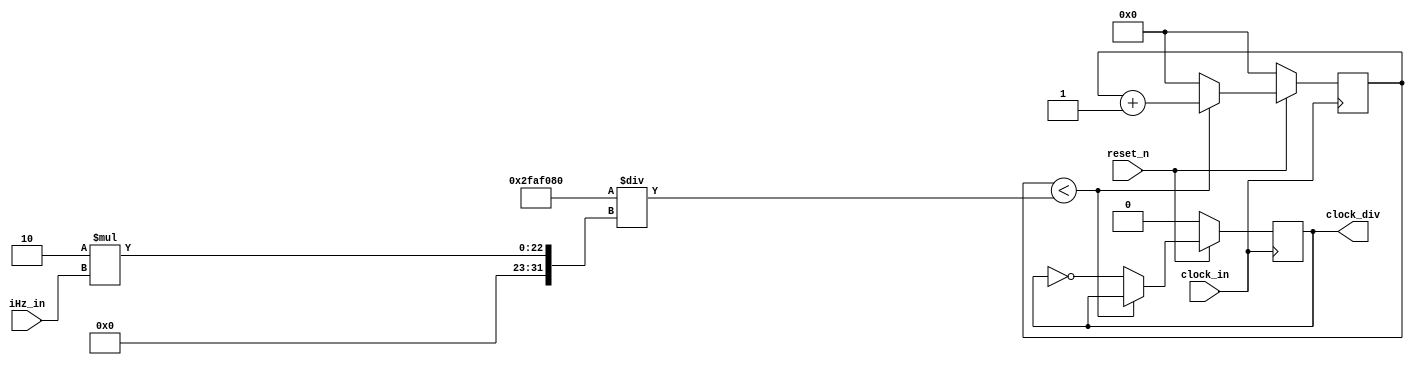
module Divisor(
	input					clock_in,
	input 		[20:0]iHz_in,
	input 				reset_n,
	output reg 			clock_div
	);
	
reg [31:0] counter;

always@(negedge clock_in ) begin
	if(!reset_n) begin
			clock_div=0;
			counter=0;
	end
	else begin
		if(counter < 50000000/(2* iHz_in)) begin	 //i HZ          
 
				counter  <= counter  +1;		
				clock_div <= clock_div ;	
		end
		else begin
				counter  <= 0;
				clock_div <= ~clock_div ;	
		end
	end
end			
endmodule